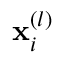
\mathbf { x } _ { i } ^ { ( l ) }